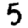
Digit: 5